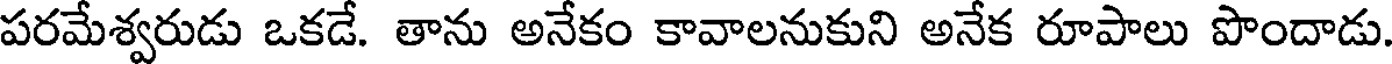
పరమేశ్వరుడు ఒకడే. తాను అనేకం కావాలనుకుని అనేక రూపాలు పొందాడు